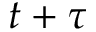
t + \tau